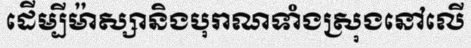
ដើម្បីម៉ាស្សានិងបុរាណទាំងស្រុងនៅលើ